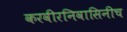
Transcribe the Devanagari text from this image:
करवीरनिवासिनीच